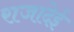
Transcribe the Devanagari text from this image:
राजादेई